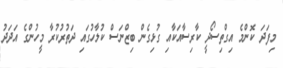
މިފަދަ ކޮންމެ އިގްތިސޯދީ ކާރިސާއަކާއި ގުޅިގެން ބިޒްނަސް ކުލާހުގައި ދަތުރުކުރާ މީހުންގެ އަދަދު